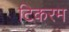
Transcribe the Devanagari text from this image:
टिकरम